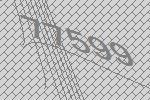
77599